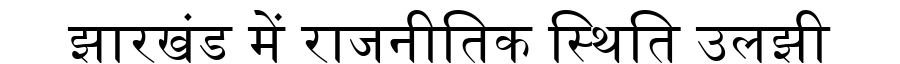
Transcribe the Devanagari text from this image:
झारखंड में राजनीतिक स्थिति उलझी